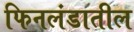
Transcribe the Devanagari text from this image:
फिनलंडातील